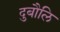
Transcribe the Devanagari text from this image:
दुबौलि